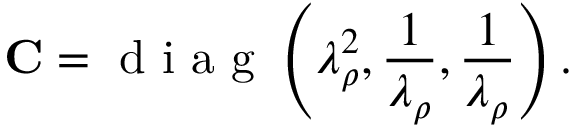
\mathbf { C } = \mathrm { ~ d ~ i ~ a ~ g ~ } \left( \lambda _ { \rho } ^ { 2 } , \frac { 1 } { \lambda _ { \rho } } , \frac { 1 } { \lambda _ { \rho } } \right) .